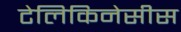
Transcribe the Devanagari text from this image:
टेलिकिनेसीस